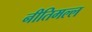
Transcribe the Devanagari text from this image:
नीतिमल्ल